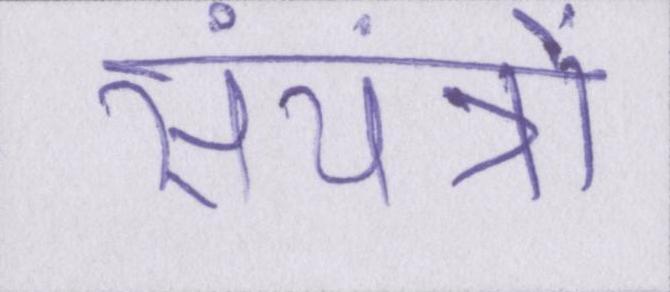
संयंत्रों